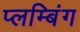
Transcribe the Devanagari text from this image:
प्लम्बिंग